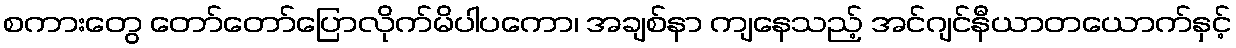
စကားတွေ တော်တော်ပြောလိုက်မိပါပကော၊ အချစ်နာ ကျနေသည့် အင်ဂျင်နီယာတယောက်နှင့်